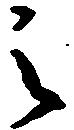
之